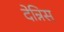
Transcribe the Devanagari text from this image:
देन्निस